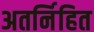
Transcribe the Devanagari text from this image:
अतर्निहित